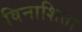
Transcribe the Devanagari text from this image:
विनाशिता